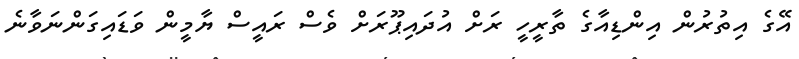
އޭގެ އިތުރުން އިންޑިއާގެ ތާރީހީ ރަށް އުދައިޕޫރަށް ވެސް ރައީސް ޔާމީން ވަޑައިގަންނަވާނެ